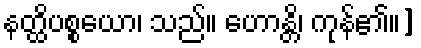
နတ္ထိပစ္စယော၊ သည်။ ဟောန္တိ၊ ကုန်၏။]